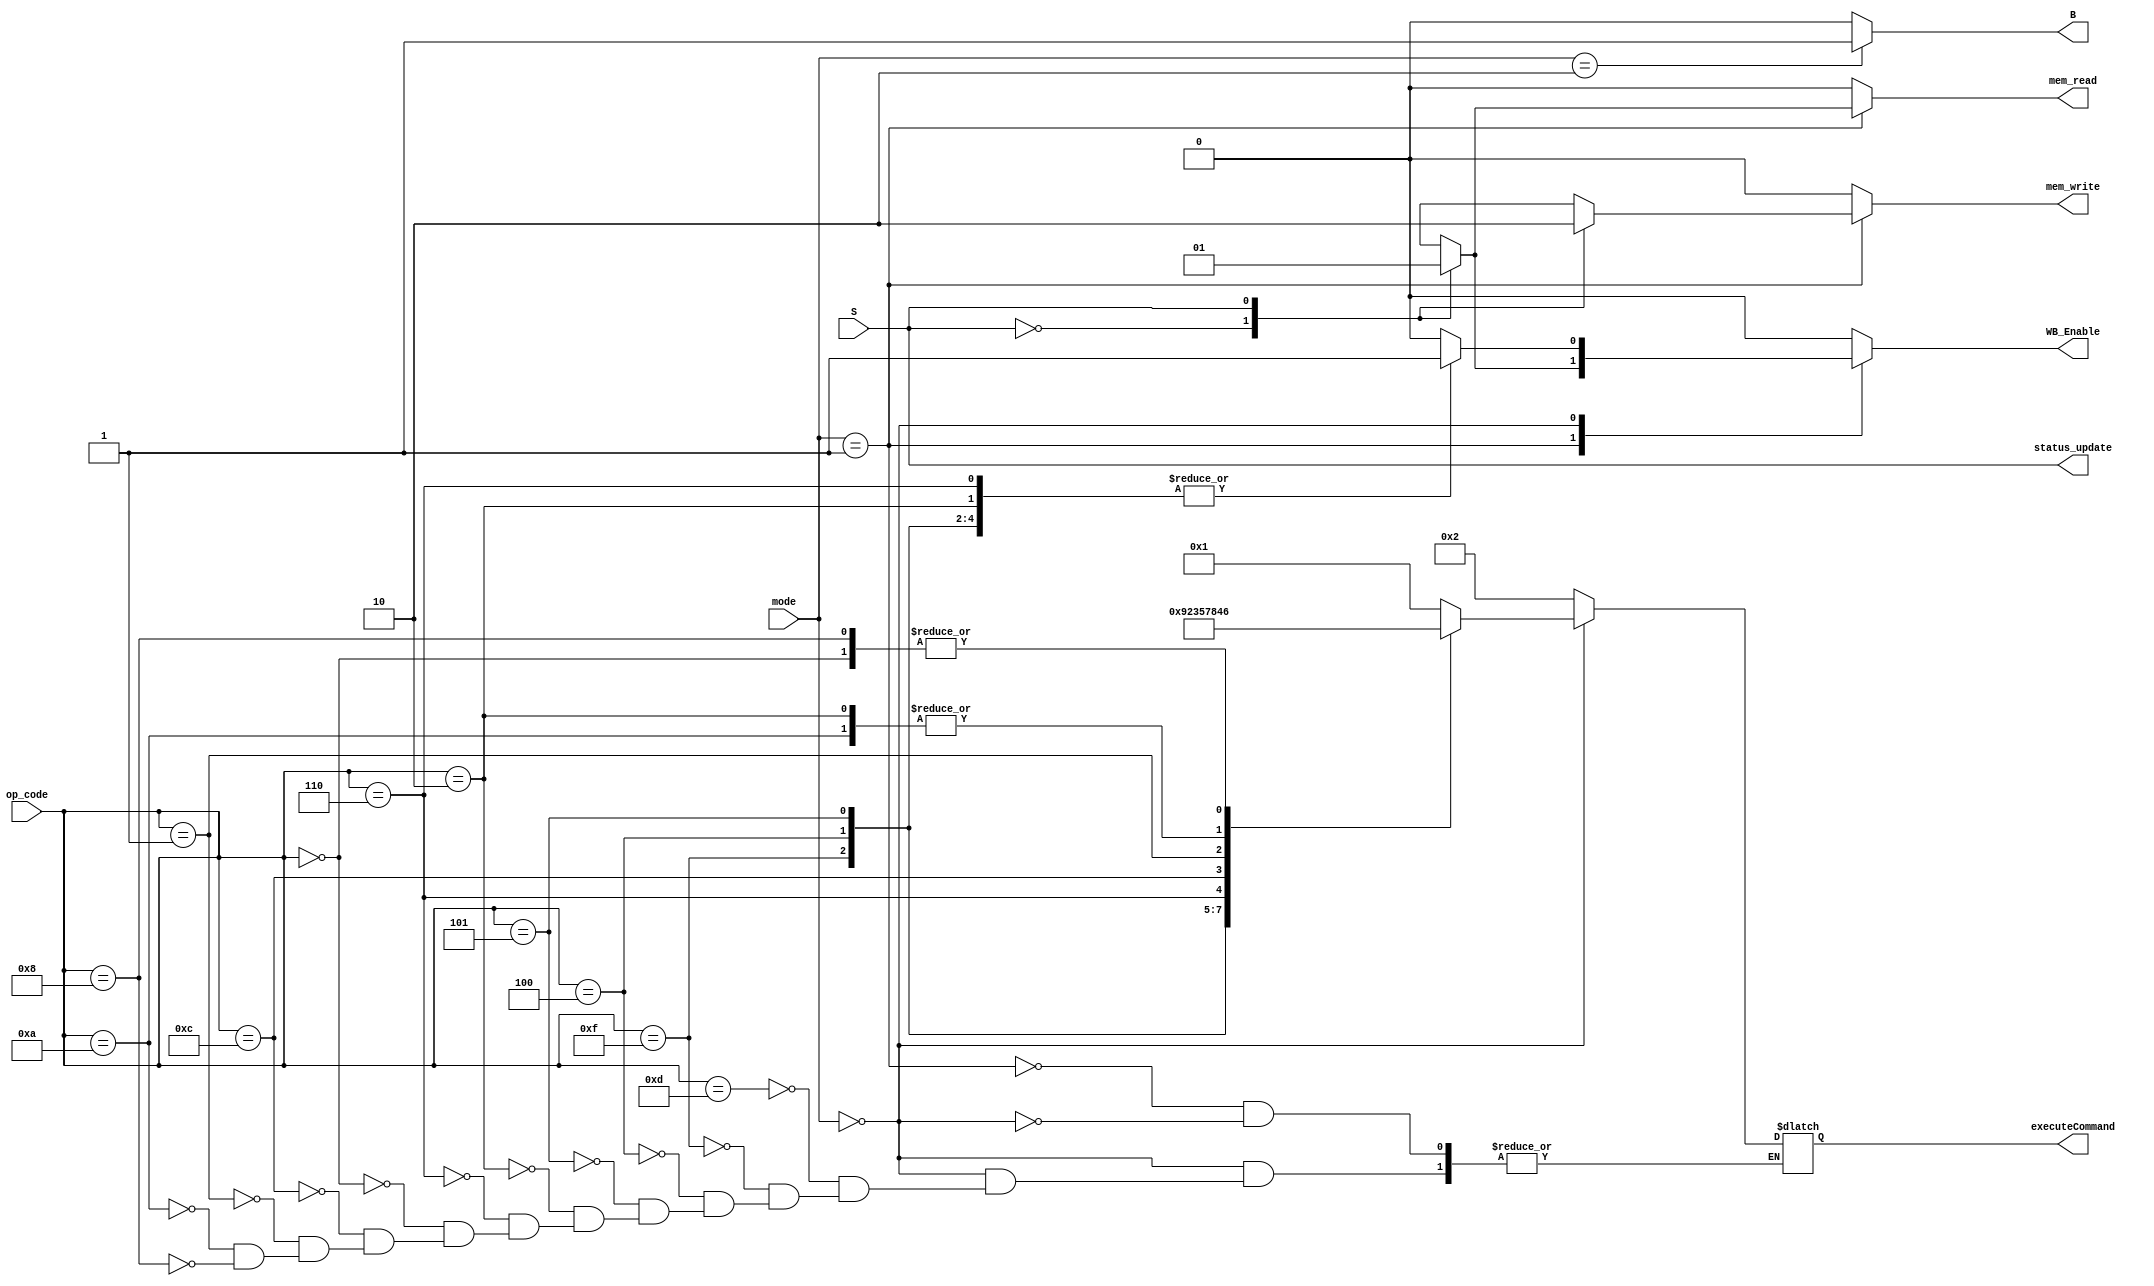
`timescale 1ns / 1ns

`define WORD_WIDTH 32
`define REG_FILE_ADDRESS_LEN 4
`define REG_FILE_SIZE 16
`define MEMORY_DATA_LEN 8
`define MEMORY_SIZE 2048
`define SIGNED_IMM_WIDTH 24
`define SHIFTER_OPERAND_WIDTH 12

`define INSTRUCTION_LEN         32
`define INSTRUCTION_MEM_SIZE    2048
`define DATA_MEM_SIZE 64

`define LSL_SHIFT 2'b00
`define LSR_SHIFT 2'b01
`define ASR_SHIFT 2'b10
`define ROR_SHIFT 2'b11

`define MODE_ARITHMETIC 2'b00
`define MODE_MEM 2'b01
`define MODE_BRANCH 2'b10

`define EX_MOV 4'b0001
`define EX_MVN 4'b1001
`define EX_ADD 4'b0010
`define EX_ADC 4'b0011
`define EX_SUB 4'b0100
`define EX_SBC 4'b0101
`define EX_AND 4'b0110
`define EX_ORR 4'b0111
`define EX_EOR 4'b1000
`define EX_CMP 4'b0100     ///1100
`define EX_TST 4'b0110     ///1110
`define EX_LDR 4'b0010     ///1010
`define EX_STR 4'b0010     ///1010

`define OP_MOV 4'b1101
`define OP_MVN 4'b1111
`define OP_ADD 4'b0100
`define OP_ADC 4'b0101
`define OP_SUB 4'b0010
`define OP_SBC 4'b0110
`define OP_AND 4'b0000
`define OP_ORR 4'b1100
`define OP_EOR 4'b0001
`define OP_CMP 4'b1010
`define OP_TST 4'b1000
`define OP_LDR 4'b0100
`define OP_STR 4'b0100
module Control_Unit(S, mode, op_code, executeCommand, mem_read, mem_write, WB_Enable, B, status_update);
    input S;
    input [1:0] mode;
    input [3:0] op_code;
    output reg [3:0] executeCommand;
    output reg  mem_read, mem_write, WB_Enable, B;
    output status_update;

    always @(*) begin
        {mem_read, mem_write, WB_Enable, B} = 4'd0;
        case (mode)
            `MODE_BRANCH: begin
                B = 1'b1;
            end

            `MODE_MEM: begin
                case (S)
                    0: begin
                        executeCommand = `EX_STR;
                        mem_write = 1'b1;
                    end
                    1: begin
                        executeCommand = `EX_LDR;
                        mem_read = 1'b1;
                        WB_Enable = 1'b1;
                    end
                endcase
            end

            `MODE_ARITHMETIC: begin
                case (op_code)
                    `OP_MOV: begin
                        executeCommand = `EX_MOV;
                        WB_Enable = 1'b1;
                    end

                    `OP_MVN: begin
                        executeCommand = `EX_MVN;
                        WB_Enable = 1'b1;
                    end

                    `OP_ADD: begin
                        executeCommand = `EX_ADD;
                        WB_Enable = 1'b1;
                    end

                    `OP_ADC: begin
                        executeCommand = `EX_ADC;
                        WB_Enable = 1'b1;
                    end

                    `OP_SUB: begin
                        executeCommand = `EX_SUB;
                        WB_Enable = 1'b1;
                    end

                    `OP_SBC: begin
                        executeCommand = `EX_SBC;
                        WB_Enable = 1'b1;
                    end
                    `OP_AND: begin
                        executeCommand = `EX_AND;
                        WB_Enable = 1'b1;
                    end

                    `OP_ORR: begin
                        executeCommand = `EX_ORR;
                        WB_Enable = 1'b1;
                    end

                    `OP_EOR: begin
                        executeCommand = `EX_EOR;
                        WB_Enable = 1'b1;
                    end

                    `OP_CMP: begin
                        executeCommand = `EX_CMP;
                        WB_Enable = 1'b0;
                    end

                    `OP_TST: begin
                        executeCommand = `EX_TST;
                        WB_Enable = 1'b0;
                    end
                endcase
            end
        endcase
    end

    assign status_update = S;
endmodule